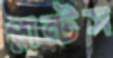
প্লান্টস